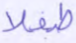
طفلا